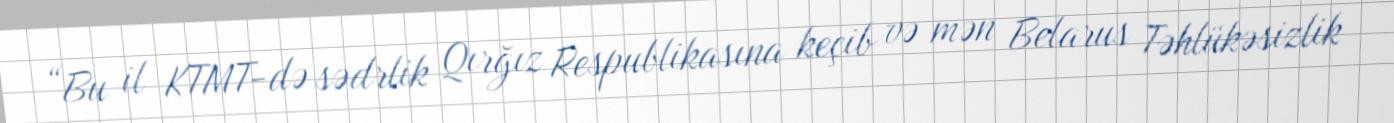
“Bu il KTMT-də sədrlik Qırğız Respublikasına keçib və mən Belarus Təhlükəsizlik